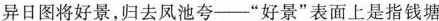
异日图将好景，归去凤池夸——”好景”表面上是指钱塘